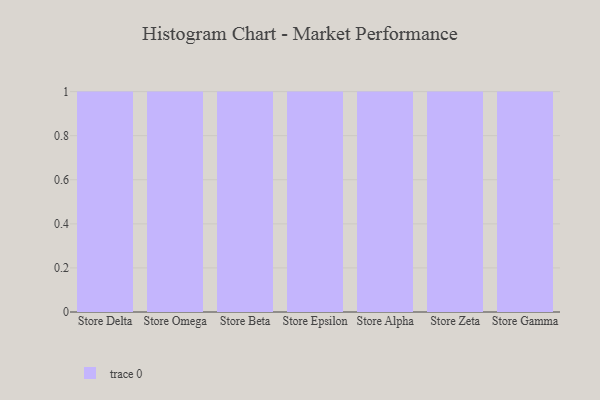
{"axis": {"x": "Store", "y": "Headcount"}, "legend": [""], "data": [{"x": "Store Delta", "y": 86, "type": ""}, {"x": "Store Omega", "y": 25, "type": ""}, {"x": "Store Beta", "y": 44, "type": ""}, {"x": "Store Epsilon", "y": 17, "type": ""}, {"x": "Store Alpha", "y": 16, "type": ""}, {"x": "Store Zeta", "y": 79, "type": ""}, {"x": "Store Gamma", "y": 88, "type": ""}]}